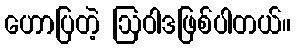
ဟောပြတဲ့ ဩဝါဒဖြစ်ပါတယ်။